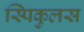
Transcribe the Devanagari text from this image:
स्पिकुलस